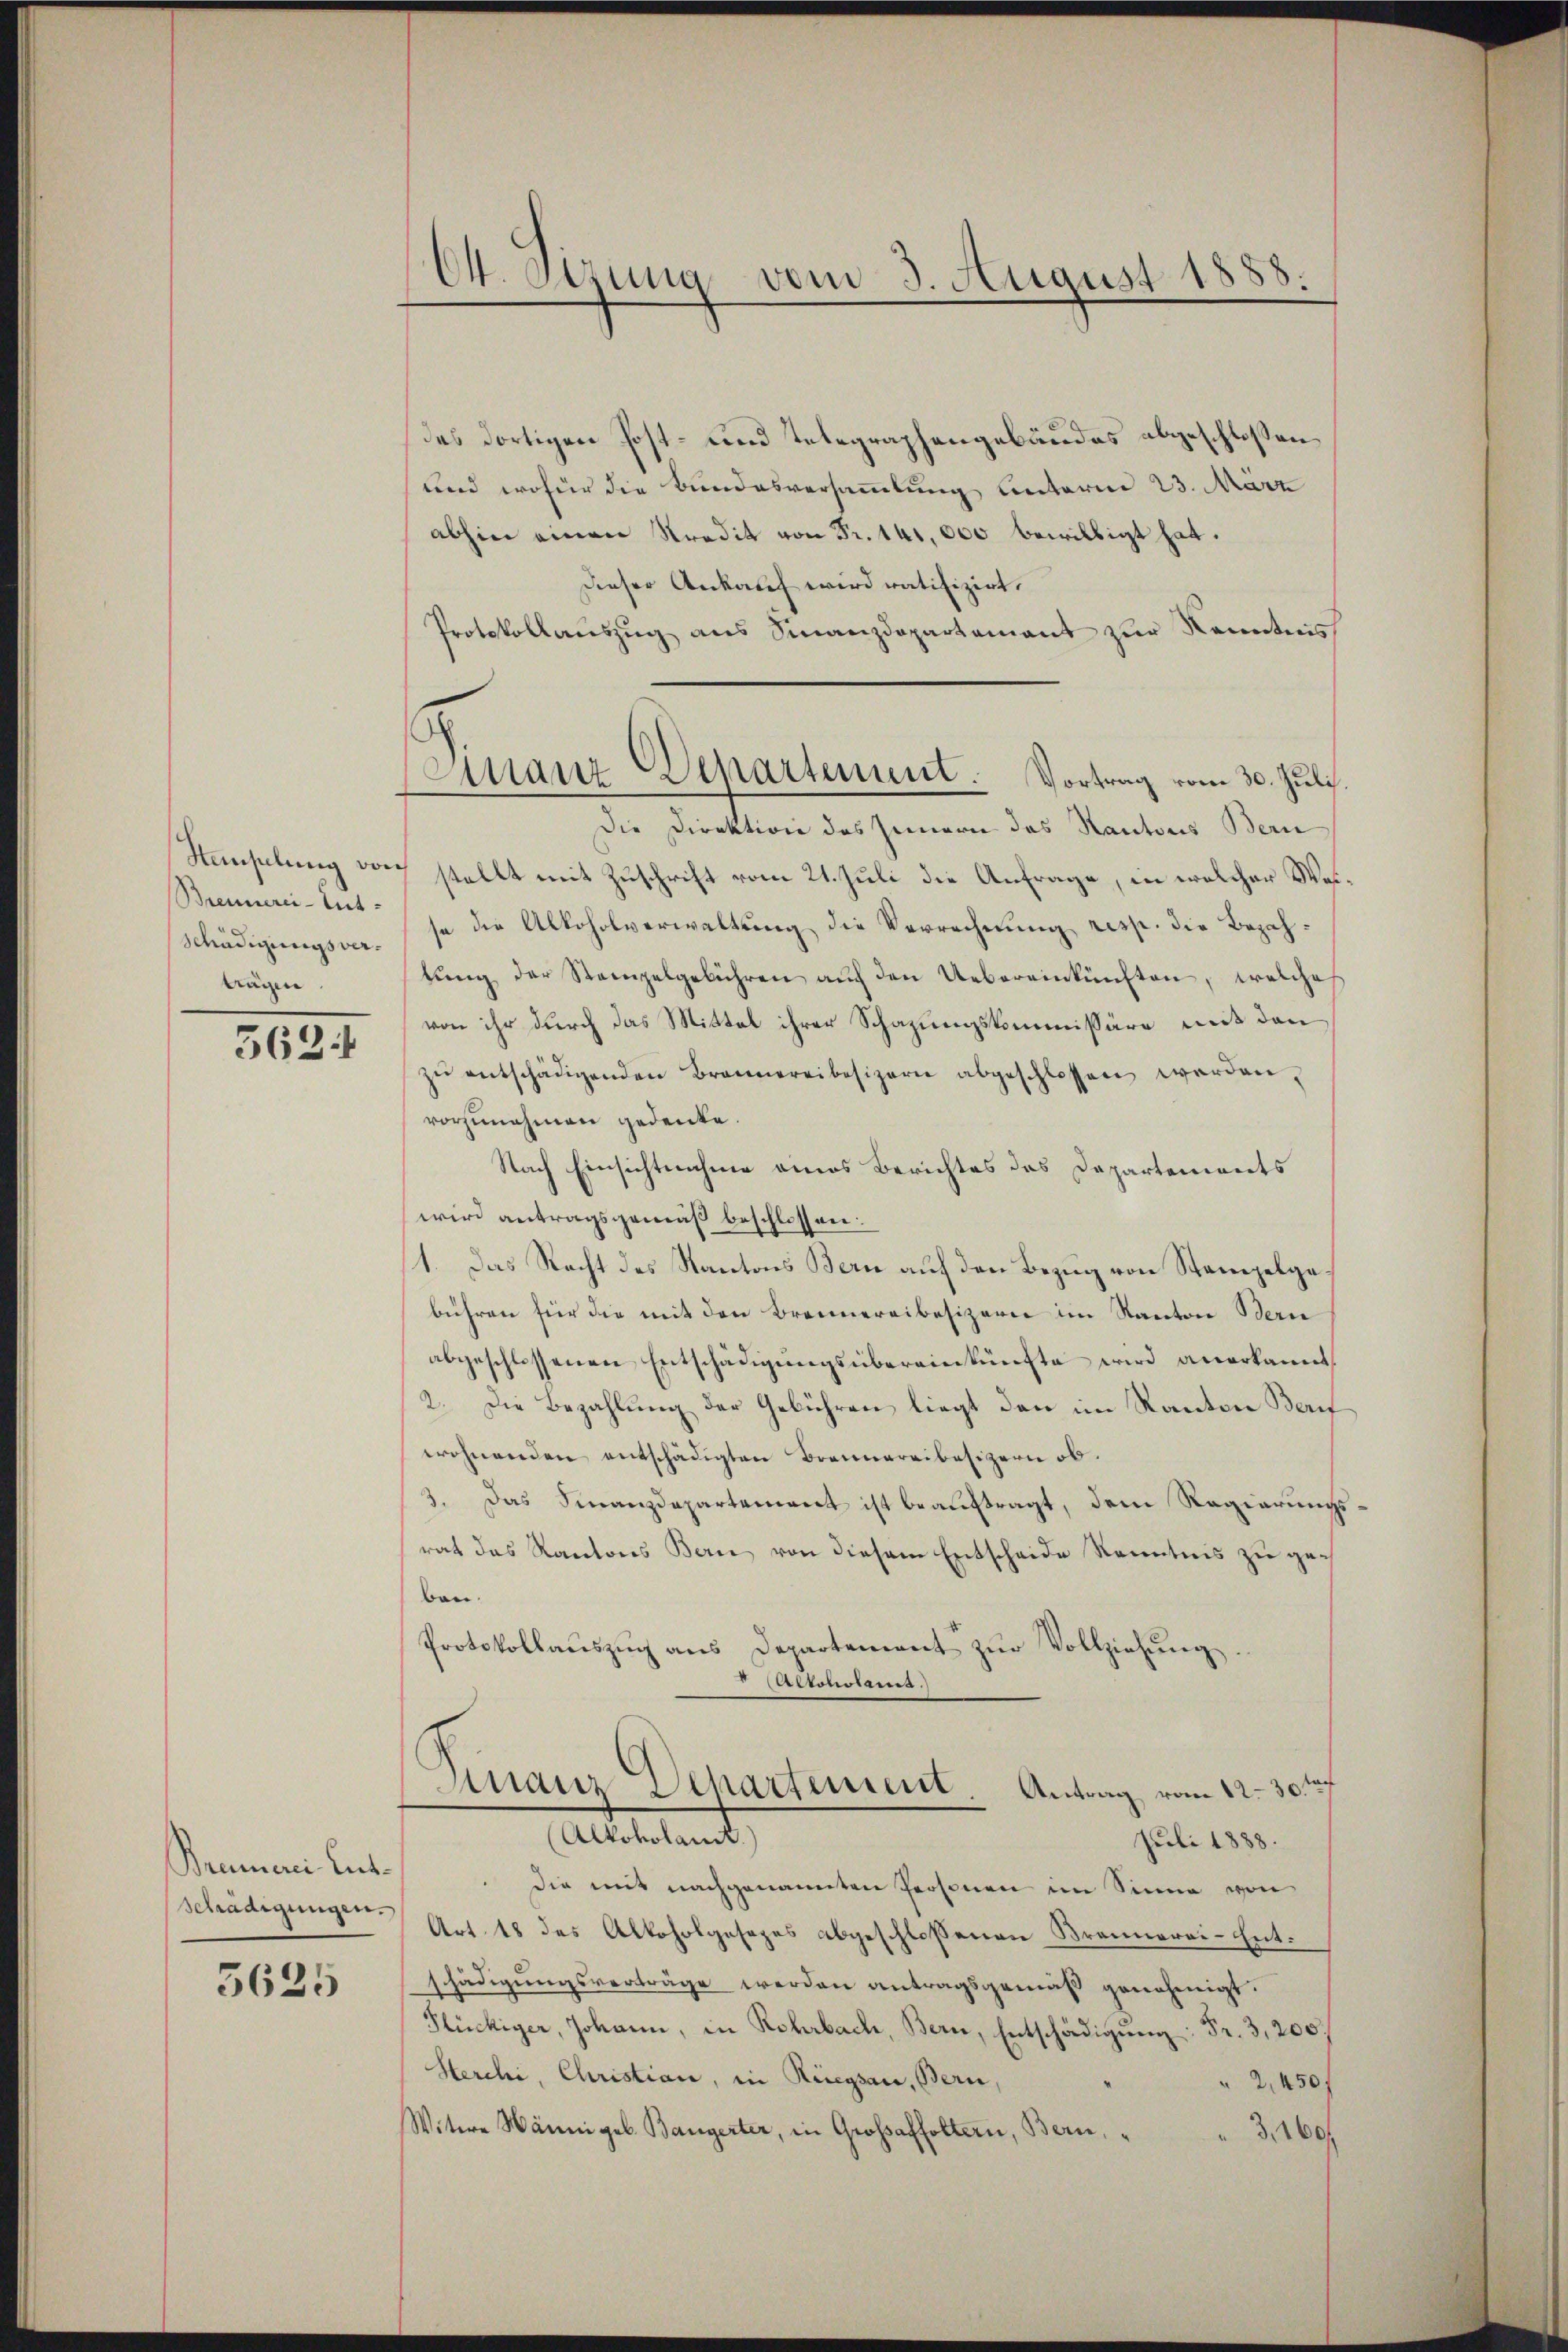
Brennerei-Ent-
Schädigungsvertägen.

562. 1

Brennerei Ent¬

5625

64. Sizung vom 3. August 1888.

des dortigen Post- und Telegraphengebäudes abgeschlossen,
und wofür die Bundesversammlung unterm 23. März
abhin einen Kredit von Fr. 141,000 bewilligt hat.
Dieser Ankauf wird ratifizirt.
Protokollauszug aus Finanzdepartement zur Kenntnis
Die Direktion des Innern das Kantons Bern
Senselung durch stellt mit Zuschrift vom 21. Juli die Anfrage, in welcher Weise die Alkoholverwaltung die Verrechnung resp. die Bezahtung der Stempelgebühren auf den Uebereinkünften, welches
von ihr durch das Mittel ihrer Schazungskommissäre mit den
zŭ entschädigenden Brannereibesizern abgeschlossen werden.
vorzunehmen gedenke.
Nach Einsichtnahme eines Berichtes das Departements
wird antragsgemäß beschlossen.
1. Das Nacht des Kantons Bern auf den Bezug von Stempelgebühren für die mit den Brennereibesizern im Kanton Bern
abgeschlossenen Entschädigungsübereinkünfte wird anerkannt,
2. Die Bezahlung der Gebühren liegt den im Kanton Beruf
wohnenden entschädigten Brennereibesizern ob.
3. Das Finanzdepartement ist beauftragt, dem Regierungsrat das Kantons Bern von diesem Entscheide Kenntnis zu geben.
Protokollauszug aus Departement zur Vollziehung.
" (Altoholams.)
Finanz-Departement. Antrag vom 12. 30 t
(Alkoholamt
Juli 1888.
die mit nachgenannten Personen im Sinne von
schädigungen Art. 18 des Alkoholgesezes abgeschlossenen Brennerei-Entschädigungsverträge werden antragsgemäß genehmigt.
Slückiger, Johann, in Rohrbach, Bern, Entschädigŭng: Fr. 3,200.
Herchi, Christian, in Riegsau, Bern,
“ 2. 450f
Witwe Hänni geb. Bangerter, in Großsaffoltern, Bern,
3,160f

Finanz-Departement. Vortrag vom 30. Juli.